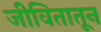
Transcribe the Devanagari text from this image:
जीवितातून